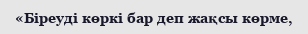
«Біреуді көркі бар деп жақсы көрме,